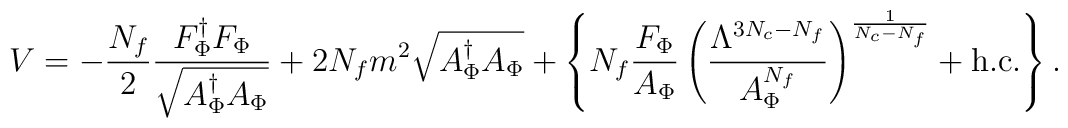
V = - {{N_f} \over 2}    {{F_\Phi^{\dag} F_\Phi} \over \sqrt{A_\Phi^{\dag} A_\Phi}} + 2 N_f m^2 \sqrt{A_\Phi^{\dag} A_\Phi} + \left\{    N_f {{F_\Phi} \over {A_\Phi}}         \left(          {{\Lambda^{3N_c-N_f}} \over {A_\Phi^{N_f}}}         \right)^{1 \over {N_c-N_f}}    + {\rm h.c.}   \right\}.